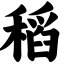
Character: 稻